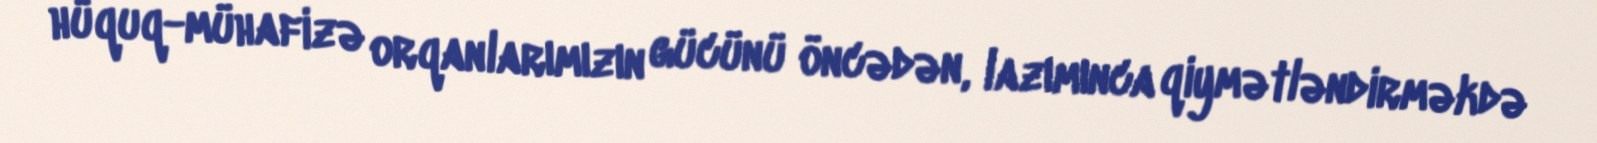
hüquq-mühafizə orqanlarımızın gücünü öncədən, lazımınca qiymətləndirməkdə